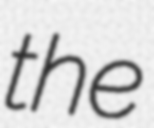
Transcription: the